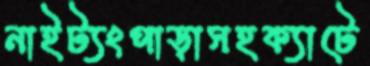
নাইট্যংপাড়াসহক্যাটে